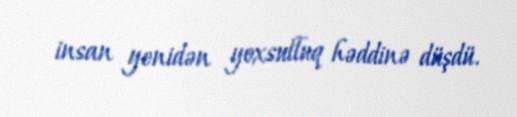
insan yenidən yoxsulluq həddinə düşdü.